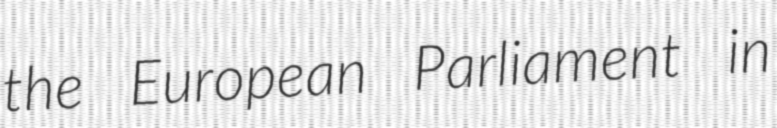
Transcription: the European Parliament in